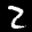
Label: 2